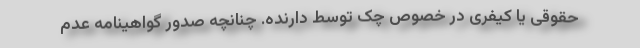
حقوقی یا کیفری در خصوص چک توسط دارنده. چنانچه صدور گواهینامه عدم